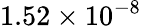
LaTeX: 1.52\times 10^{-8}